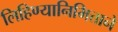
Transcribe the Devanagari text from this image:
लिहिण्यानिमित्ताने